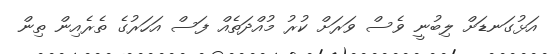
އަޅުގަނޑަށް ލިބުނީ ވެސް ވަރަށް ކުރު މުއްދަތެއް ފަސް އަހަރުގެ ތެރެއިން ތިން